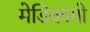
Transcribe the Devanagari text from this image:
मेडिकागो